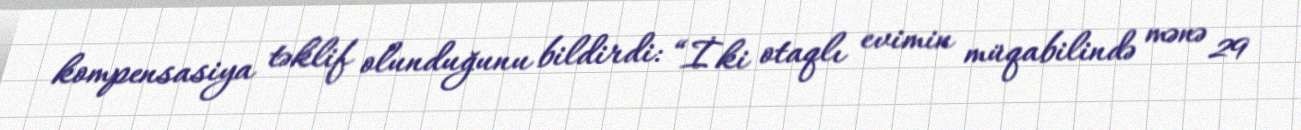
kompensasiya təklif olunduğunu bildirdi: “İki otaqlı evimin müqabilində mənə 29